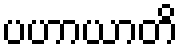
ပဟာယာတိ